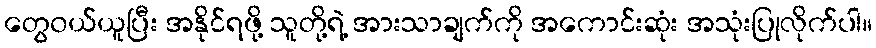
တွေ၀ယ်ယူပြီး အနိုင်ရဖို့ သူတို့ရဲ့ အားသာချက်ကို အကောင်းဆုံး အသုံးပြုလိုက်ပါ။